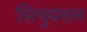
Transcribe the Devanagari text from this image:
सिचुयशन